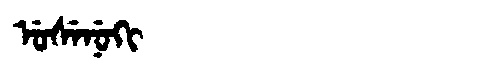
Manchu: ᡠᠰᡝᠨᡠᡴᡳ
Romanization: USENUKI